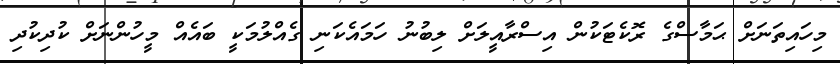
މިހައިތަނަށް ޙަމާސްގެ ރޮކެޓަކުން އިސްރާއީލަށް ލިބުނު ހަމައެކަނި ގެއްލުމަކީ ބައެއް މީހުންނަށް ކުދިކުދި